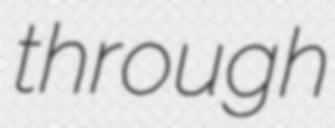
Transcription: through